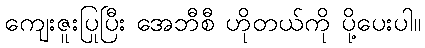
ကျေးဇူးပြုပြီး အေဘီစီ ဟိုတယ်ကို ပို့ပေးပါ။